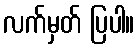
လက်မှတ် ပြပါ။